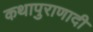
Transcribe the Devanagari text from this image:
कथापुराणादी